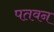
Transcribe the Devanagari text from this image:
पतवन